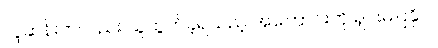
လူဆန်းကလည်း သူထွက်ခဲ့ရသည့် အကြောင်းကို ရှင်းမပြနိုင်။